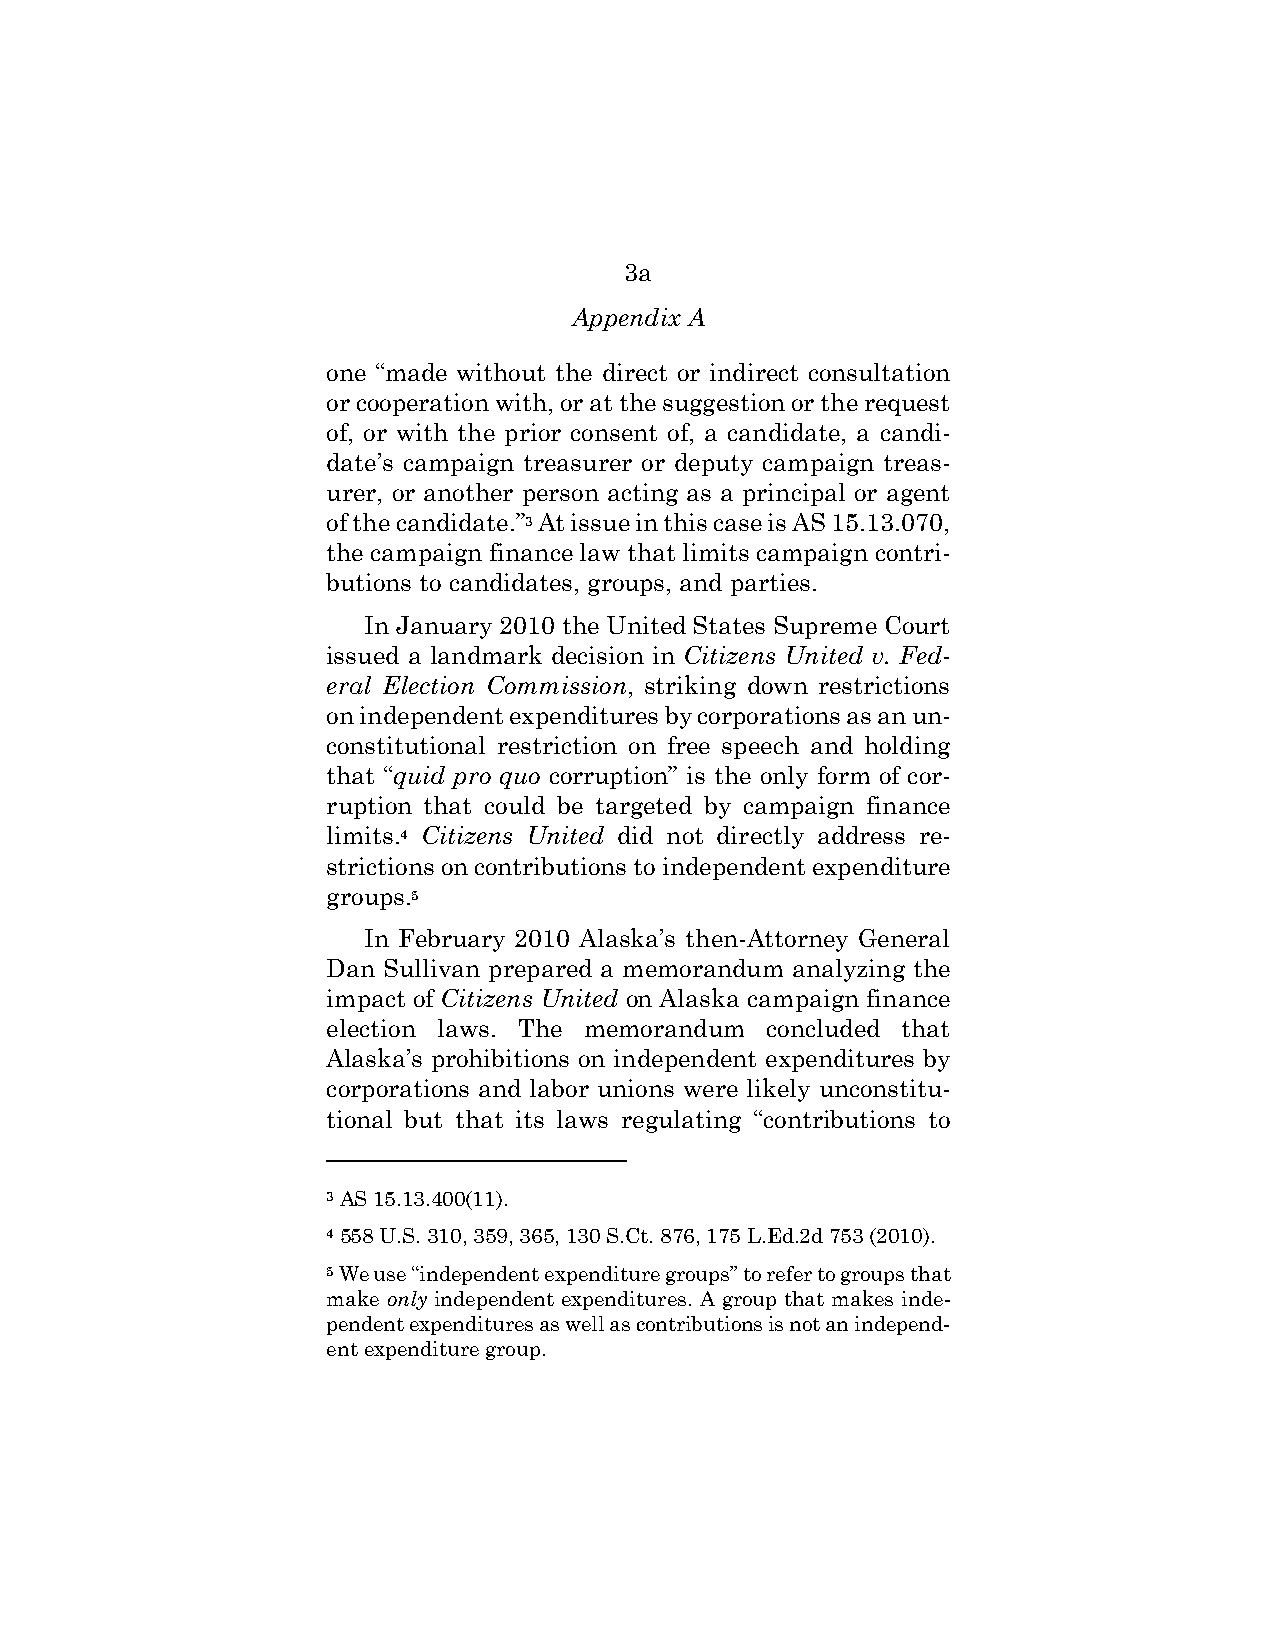
3a
 Appendix A
 one “made without the direct or indirect consultation
 or cooperation with, or at the suggestion or the request
 of, or with the prior consent of, a candidate, a candi-
 date’s campaign treasurer or deputy campaign treas-
 urer, or another person acting as a principal or agent
 of the candidate.”3 At issue in this case is AS 15.13.070,
 the campaign finance law that limits campaign contri-
 butions to candidates, groups, and parties.
 In January 2010 the United States Supreme Court
 issued a landmark decision in Citizens United v. Fed-
 eral Election Commission, striking down restrictions
 on independent expenditures by corporations as an un-
 constitutional restriction on free speech and holding
 that “quid pro quo corruption” is the only form of cor-
 ruption that could be targeted by campaign finance
 limits.4 Citizens United did not directly address re-
 strictions on contributions to independent expenditure
 groups.5
 In February 2010 Alaska’s then-Attorney General
 Dan Sullivan prepared a memorandum analyzing the
 impact of Citizens United on Alaska campaign finance
 election laws. The memorandum concluded that
 Alaska’s prohibitions on independent expenditures by
 corporations and labor unions were likely unconstitu-
 tional but that its laws regulating “contributions to
 3 AS 15.13.400(11).
 4 558 U.S. 310, 359, 365, 130 S.Ct. 876, 175 L.Ed.2d 753 (2010).
 5 We use “independent expenditure groups” to refer to groups that
 make only independent expenditures. A group that makes inde-
 pendent expenditures as well as contributions is not an independ-
 ent expenditure group.